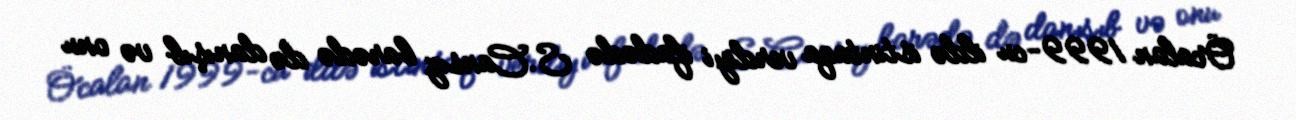
Öcalan 1999-cu ildə istintaqa verdiyi ifadədə S.Cansız barədə də danışıb və onu